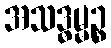
အသဒ္ဓမ္မဉ္စ